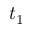
t _ { 1 }